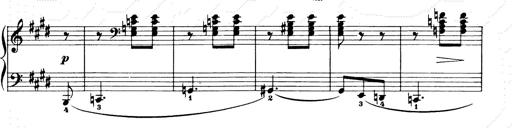
Title: Consolations and LiebestrÃ¤ume for the Piano
Composer: Franz Liszt